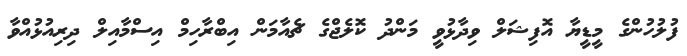
ފުލުހުންގެ މީޑީޔާ އޮފިޝަލް ވިދާޅުވީ މަންދު ކޮލެޖްގެ ޗެއާމަން އިބްރާހިމް އިސްމާއިލް ދިރިއުޅުއްވާ